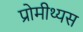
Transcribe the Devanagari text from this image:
प्रोमीथ्यस